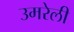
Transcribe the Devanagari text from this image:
उमरेली